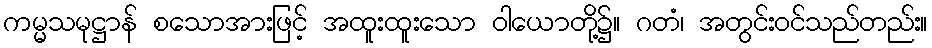
ကမ္မသမုဋ္ဌာန် စသောအားဖြင့် အထူးထူးသော ဝါယောတို့၌။ ဂတံ၊ အတွင်းဝင်သည်တည်း။